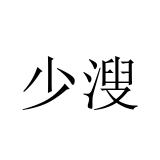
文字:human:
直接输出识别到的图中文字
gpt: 少溲